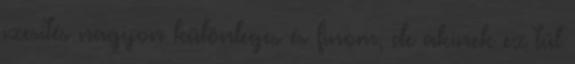
ízesítés nagyon különleges és finom, de akinek ez túl